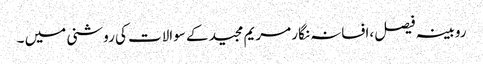
روبینہ فیصل ،افسانہ نگار مریم مجید کے سوالات کی روشنی میں ۔